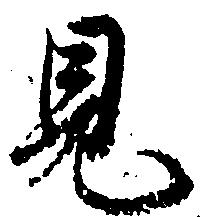
見